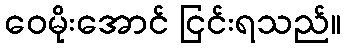
ဝေမိုးအောင် ငြင်းရသည်။